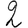
Digit: 2